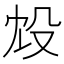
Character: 㱽